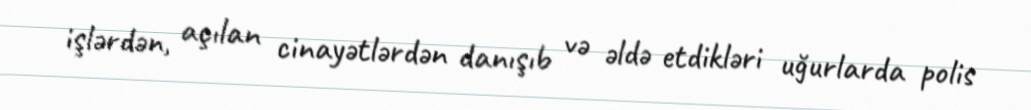
işlərdən, açılan cinayətlərdən danışıb və əldə etdikləri uğurlarda polis